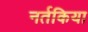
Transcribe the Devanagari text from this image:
नर्तकिया